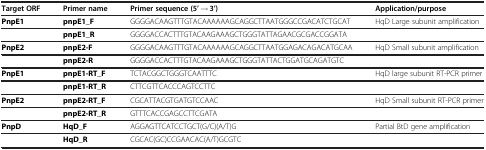
<table><thead><tr><td><b>Target ORF</b></td><td><b>Primer name</b></td><td><b>Primer sequence (5’ → 3’)</b></td><td><b>Application/purpose</b></td></tr></thead><tbody><tr><td><b>PnpE1</b></td><td><b>pnpE1_F</b></td><td>GGGGACAAGTTTGTACAAAAAAGCAGGCTTAATGGGCCGACATCTGCAT</td><td>HqD Large subunit amplification</td></tr><tr><td> </td><td><b>pnpE1_R</b></td><td>GGGGACCACTTTGTACAAGAAAGCTGGGTATTAGAACGCGACCGGATA</td><td> </td></tr><tr><td><b>PnpE2</b></td><td><b>pnpE2-F</b></td><td>GGGGACAAGTTTGTACAAAAAAGCAGGCTTAATGGAGACAGACATGCAA</td><td>HqD Small subunit amplification</td></tr><tr><td> </td><td><b>pnpE2-R</b></td><td>GGGGACCACTTTGTACAAGAAAGCTGGGTATTACTGGATGCAGATGTC</td><td> </td></tr><tr><td><b>PnpE1</b></td><td><b>pnpE1-RT_F</b></td><td>TCTACGGCTGGGTCAATTTC</td><td>HqD large subunit RT-PCR primer</td></tr><tr><td> </td><td><b>pnpE1-RT_R</b></td><td>CTTCGTTCACCCAGTCCTTC</td><td> </td></tr><tr><td><b>PnpE2</b></td><td><b>pnpE2-RT_F</b></td><td>CGCATTACGTGATGTCCAAC</td><td>HqD Small subunit RT-PCR primer</td></tr><tr><td> </td><td><b>pnpE2-RT_R</b></td><td>GTTTCACCGAGCCTTCGATA</td><td> </td></tr><tr><td><b>PnpD</b></td><td><b>HqD_F</b></td><td>AGGAGTTCATCCTGCT(G/C)(A/T)G</td><td>Partial BtD gene amplification</td></tr><tr><td> </td><td><b>HqD_R</b></td><td>CGCAC(GC)CCGAACAC(A/T)GCGTC</td><td> </td></tr></tbody></table>